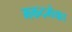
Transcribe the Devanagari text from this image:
मकदमेका